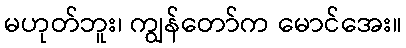
မဟုတ်ဘူး၊ ကျွန်တော်က မောင်အေး။